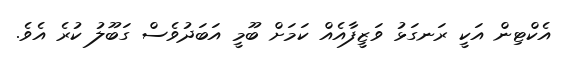
އެކްޓިން އަކީ ރަނގަޅު ވަޒީފާއެއް ކަމަށް ބޫމީ އަބަދުވެސް ގަބޫލު ކުރެ އެވެ.